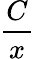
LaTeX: \frac{C}{x}